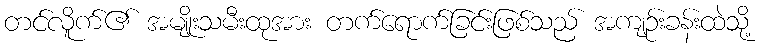
တင်လိူက်၏ အမျိုးသမီးထုအား တက်ရောက်ခြင်းဖြစ်သည် အကျဉ်းခန်းထဲသို့